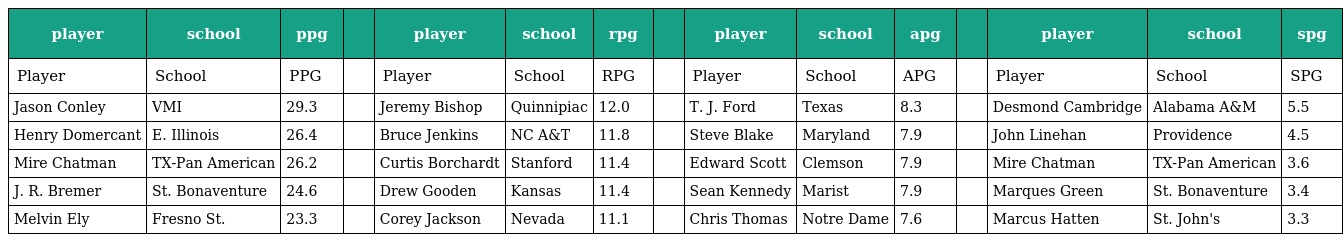
| player | school | ppg |  | player | school | rpg |  | player | school | apg |  | player | school | spg |
 | --- | --- | --- | --- | --- | --- | --- | --- | --- | --- | --- | --- | --- | --- | --- |
 | Player | School | PPG |  | Player | School | RPG |  | Player | School | APG |  | Player | School | SPG |
 | Jason Conley | VMI | 29.3 |  | Jeremy Bishop | Quinnipiac | 12.0 |  | T. J. Ford | Texas | 8.3 |  | Desmond Cambridge | Alabama A&M | 5.5 |
 | Henry Domercant | E. Illinois | 26.4 |  | Bruce Jenkins | NC A&T | 11.8 |  | Steve Blake | Maryland | 7.9 |  | John Linehan | Providence | 4.5 |
 | Mire Chatman | TX-Pan American | 26.2 |  | Curtis Borchardt | Stanford | 11.4 |  | Edward Scott | Clemson | 7.9 |  | Mire Chatman | TX-Pan American | 3.6 |
 | J. R. Bremer | St. Bonaventure | 24.6 |  | Drew Gooden | Kansas | 11.4 |  | Sean Kennedy | Marist | 7.9 |  | Marques Green | St. Bonaventure | 3.4 |
 | Melvin Ely | Fresno St. | 23.3 |  | Corey Jackson | Nevada | 11.1 |  | Chris Thomas | Notre Dame | 7.6 |  | Marcus Hatten | St. John's | 3.3 |